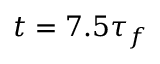
t = 7 . 5 \tau _ { f }